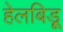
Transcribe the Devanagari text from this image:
हेलबिड़ू